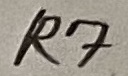
Text: R7